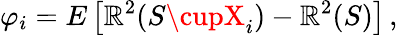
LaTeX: \varphi_{i}=E\left[\mathbb{R}^{2}(S\cupX_{i})-\mathbb{R}^{2}(S)\right]\, ,